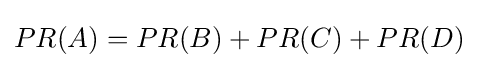
PR(A)=PR(B)+PR(C)+PR(D)